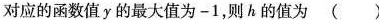
对应的函数值y的最大值为-1，则h的值为 ( )